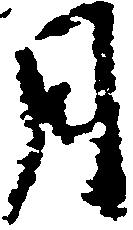
月